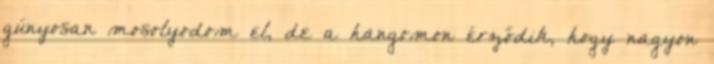
gúnyosan mosolyodom el, de a hangomon érződik, hogy nagyon